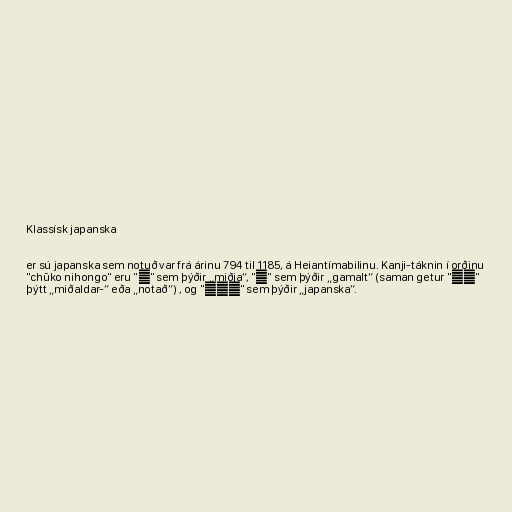
Klassísk japanska

er sú japanska sem notuð var frá árinu 794 til 1185, á Heiantímabilinu. Kanji-táknin í orðinu
"chūko nihongo" eru "中" sem þýðir „miðja“, "古" sem þýðir „gamalt“ (saman getur "中古"
þýtt „miðaldar-“ eða „notað“) , og "日本語" sem þýðir „japanska“.